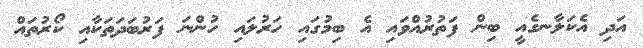
އަދި އެކަލާނގެއީ ބިން ފަތުރުއްވައި އެ ބިމުގައި ހަރުލައި ހުންނަ ފަރުބަދަތަކާއި ކޯރުތައް